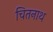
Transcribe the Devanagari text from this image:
चितनाथ